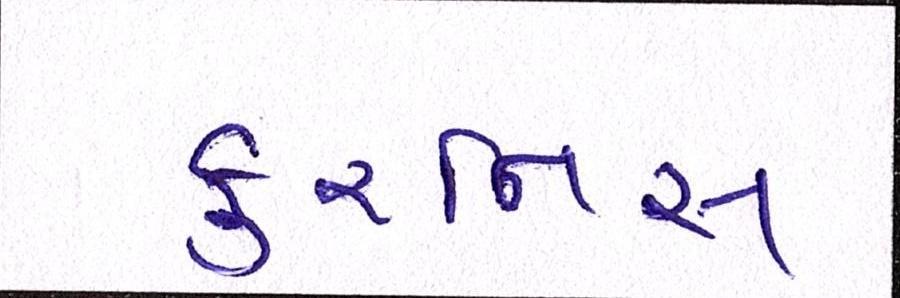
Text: કુરનિસ